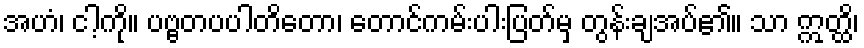
အဟံ၊ ငါ့ကို။ ပဗ္ဗတပပါတိတော၊ တောင်ကမ်းပါးပြတ်မှ တွန်းချအပ်၏။ သာ ဣတ္ထိ၊